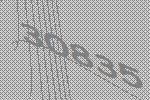
30835